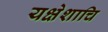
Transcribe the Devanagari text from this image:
यक्षेशाचि